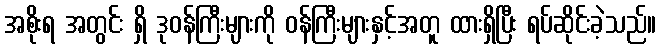
အစိုးရ အတွင်း ရှိ ဒုဝန်ကြီးများကို ဝန်ကြီးများနှင့်အတူ ထားရှိပြီး ရပ်ဆိုင်းခဲ့သည်။